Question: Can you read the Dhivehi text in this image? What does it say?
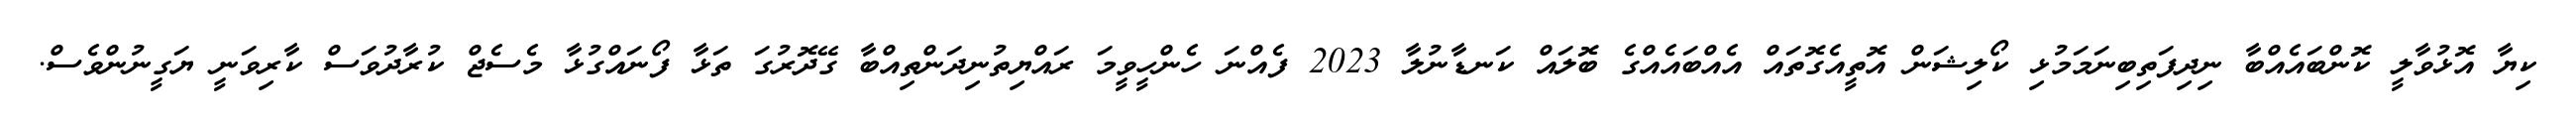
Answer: ކިޔާ އޮޅުވާލީ ކޮންބައެއްބާ ނިދިފަތިބިނަމަމުޅި ކޯލިޝަން އޮތީއެގޮތައް އެއްބައެއްގެ ބޮލައް ކަނޑާނުލާ 2023 ފެއްނަ ހެންހީވީމަ ރައްޔިތުނިދަންތިއްބާ ގޭދޮރުގަ ތަޅާ ފޯނައްގުޅާ މެސެޖް ކުރާދުވަސް ކާރިވަނީ ޔަގީނުންވެސް.